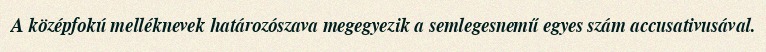
A középfokú melléknevek határozószava megegyezik a semlegesnemű egyes szám accusativusával.